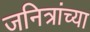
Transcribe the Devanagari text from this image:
जनित्रांच्या